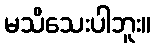
မသိသေးပါဘူး။